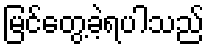
မြင်တွေ့ခဲ့ရပါသည်